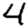
Digit: 4